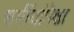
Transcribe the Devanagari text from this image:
धर्मीयांपेक्षा